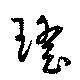
瑤